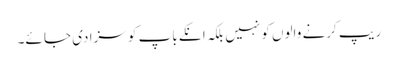
ریپ کرنے والوں کو نہیں بلکہ انکے باپ کو سزا دی جا ئے۔